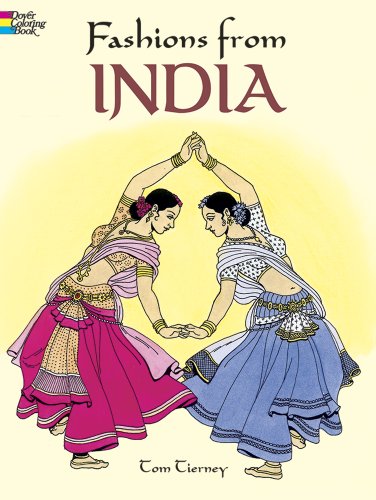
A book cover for Fashions from India (Dover Fashion Coloring Book); Tom Tierney; Crafts, Hobbies & Home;